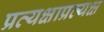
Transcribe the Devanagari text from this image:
प्रत्यक्षाप्रत्यक्ष